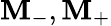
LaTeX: \mathbf{M}_{-},\mathbf{M}_{+}